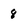
Character: 8